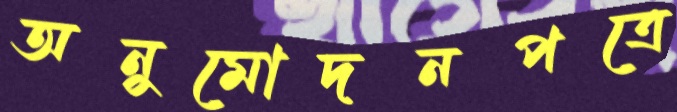
অনুমোদনপত্রে